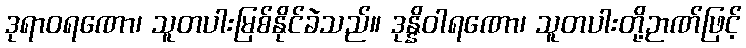
ဒုရာဝရဏော၊ သူတပါးမြစ်နိုင်ခဲသည်။ ဒုန္နိဝါရဏော၊ သူတပါးတို့ဉာဏ်ဖြင့်